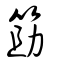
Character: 筯